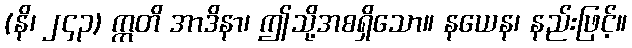
(နိ၊ ၂၄၃) ဣတိ အာဒိနာ၊ ဤသို့အစရှိသော။ နယေန၊ နည်းဖြင့်။